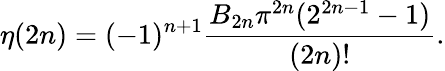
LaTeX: \eta(2n)=(-1)^{n+1}{\frac{B_{2n}\pi^{2n}(2^{2n-1}-1)}{(2n)!}}.